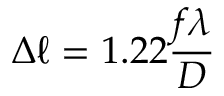
\Delta \ell = 1 . 2 2 { \frac { f \lambda } { D } }